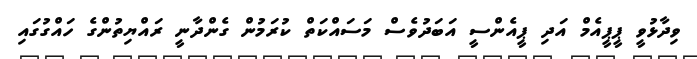
ވިދާޅުވީ ޕީޕީއެމް އަދި ޕީއެންސީ އަބަދުވެސް މަސައްކަތް ކުރަމުން ގެންދާނީ ރައްޔިތުންގެ ހައްގުގައި